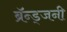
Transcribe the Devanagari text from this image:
ब्रॅन्ड्जनी